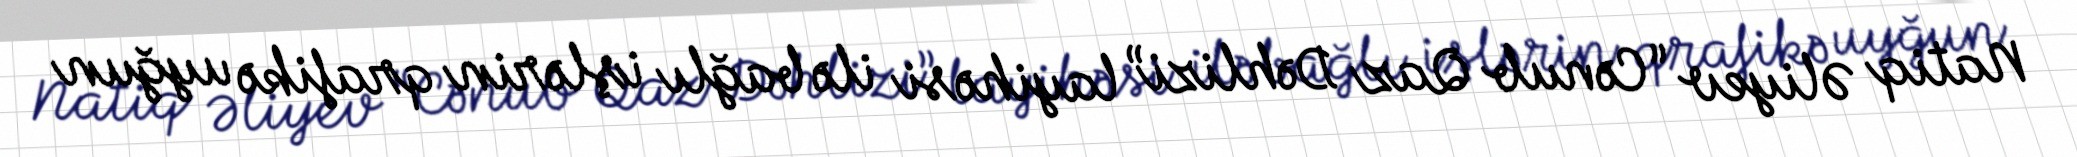
Natiq Əliyev “Cənub Qaz Dəhlizi” layihəsi ilə bağlı işlərin qrafikə uyğun